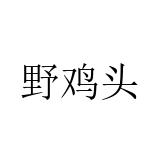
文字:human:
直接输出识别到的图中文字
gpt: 野鸡头